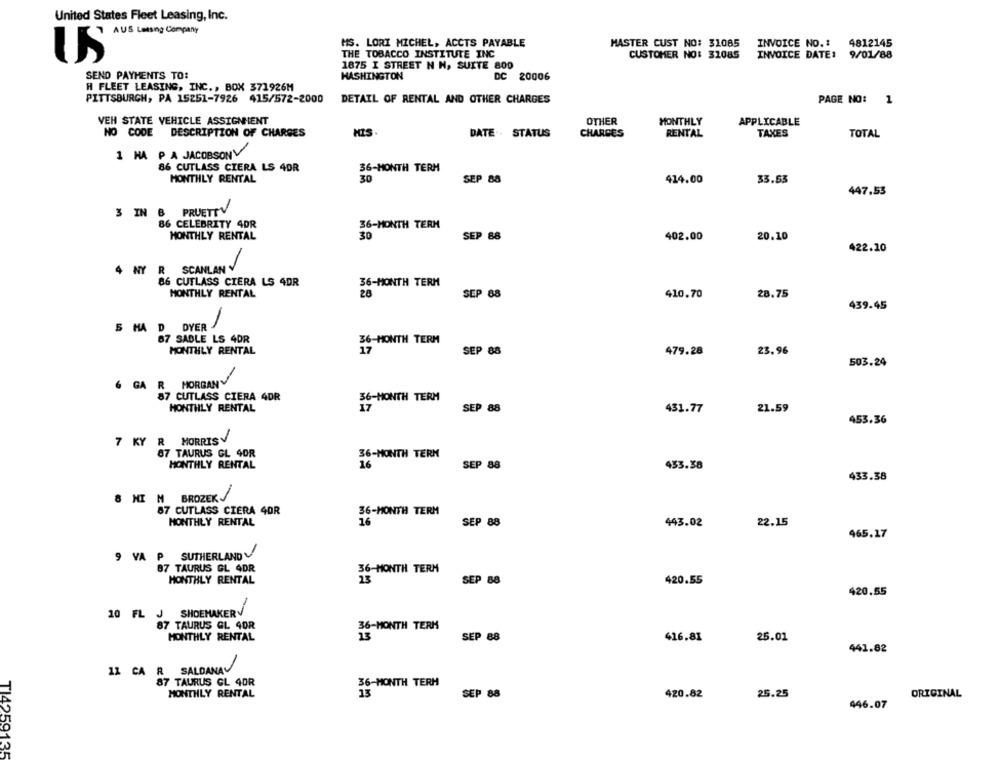
United States Fleet Leasing, Inc.
AUS Leasing Company
MS. LORI MICHEL, ACCTS PAYABLE
MASTER CUST NO: 31085
INVOICE NO. :
4812145
THE TOBACCO INSTITUTE INC
CUSTOMER NO: 31085
US
INVOICE DATE:
9/01/88
1875 I STREET N N, SUITE 800
SEND PAYMENTS TO:
HASHINGTON
DC 20006
H FLEET LEASING, INC. , BOX 371926M
PITTSBURGH, PA 15251-7926 415/572-2000
DETAIL OF RENTAL AND OTHER CHARGES
PAGE NO: 1
VEH STATE VEHICLE ASSIGNMENT
OTHER
MONTHLY
APPLICABLE
NO CODE DESCRIPTION OF CHARGES
MIS.
DATE. . STATUS
CHARGES
RENTAL
TAXES
TOTAL
1 HA P A JACOBSONV
86 CUTLASS CIERA LS 4OR
36-MONTH TERM
MONTHLY RENTAL
30
SEP 88
414.00
33.53
447.53
3 IN 8 PRUETTV
86 CELEBRITY 4DR
36-MONTH TERM
MONTHLY RENTAL
402.00
SEP 88
20.10
422.10
4 NY R SCANLAN Y
86 CUTLASS CIERA LS 4DR
36-MONTH TERM
MONTHLY RENTAL
26
SEP 88
410.70
28.75
439.45
5 HA
D DYER
-
67 SABLE LS 4DR
36-MONTH TERM
MONTHLY RENTAL
17
SEP 88
479.28
23.96
503.24
6 GA
R MORGANV
87 CUTLASS CIERA 4DR
36-MONTH TERM
HONTHLY RENTAL
17
SEP 88
431.77
21.59
453.36
7 KY R MORRIS
87 TAURUS GL 4OR
36-MONTH TERN
MONTHLY RENTAL
SEP 88
453.38
433.38
8 HI M BROZEKJ
87 CUTLASS CIERA 4OR
36-MONTH TERM
MONTHLY RENTAL
16
SEP 88
443.02
22.15
465.17
9 VA P SUTHERLAND
87 TAURUS GL 4DR
36-MONTH TERM
MONTHLY RENTAL
13
SEP 88
420.55
420.55
10 FL J SHOEMAKERV
87 TAURUS GL 4OR
36-MONTH TERM
MONTHLY RENTAL
SEP 88
416.81
25.01
441.82
11 CA R SALDANAV
87 TAURUS GL 4OR
36-MONTH TERH
MONTHLY RENTAL
SEP 88
420.82
25.25
ORIGINAL
446.07
TI4259135